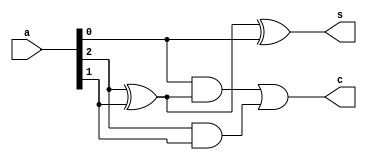
module Full_Adder_dig(
    input [2:0]a, output s, output c
    );
    assign s = a[2]^a[1]^a[0];
    assign c = (a[0]&(a[2]^a[1]))|(a[2]&a[1]);
endmodule